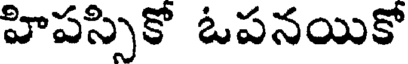
హిపస్సికో ఓపనయికో